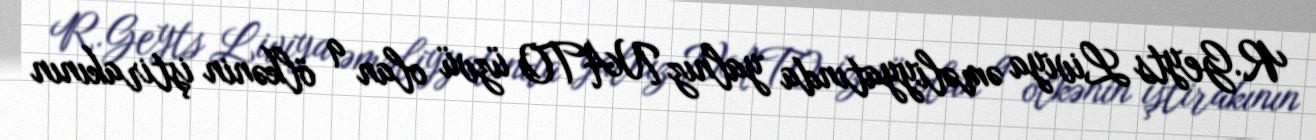
R.Geyts Liviya əməliyyatında yalnız NATO üzvü olan 9 ölkənin iştirakının